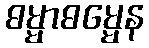
ဓမ္မာဓမ္မေန